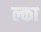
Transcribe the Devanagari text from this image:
ल्का